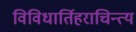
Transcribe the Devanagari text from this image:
विविधार्तिहराचिन्त्य